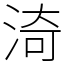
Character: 渏